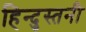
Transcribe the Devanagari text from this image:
हिन्दुस्तनी